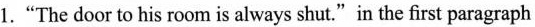
1."The door to his room is always shut."in the first paragraph